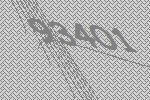
93401